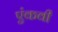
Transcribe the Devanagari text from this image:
एंकवी